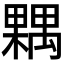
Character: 𣜢